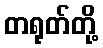
တရုတ်တို့